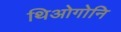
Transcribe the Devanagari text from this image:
थिओगोनि